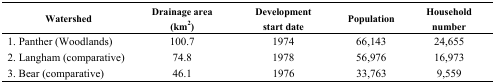
<table><thead><tr><td><b>Watershed </b></td><td><b>Drainage area (km<sup>2</sup>)</b></td><td><b>Development start date</b></td><td><b>Population </b></td><td><b>Household number </b></td></tr></thead><tbody><tr><td>1. Panther (Woodlands)</td><td>100.7</td><td>1974</td><td>66,143</td><td>24,655</td></tr><tr><td>2. Langham (comparative)</td><td>74.8</td><td>1978</td><td>56,976</td><td>16,973</td></tr><tr><td>3. Bear (comparative)</td><td>46.1</td><td>1976</td><td>33,763</td><td>9,559</td></tr></tbody></table>